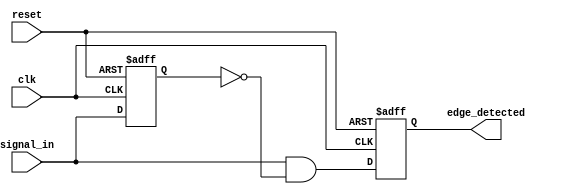
module rising_edge_detector (
    input wire clk,           // Clock input
    input wire reset,         // Asynchronous reset input
    input wire signal_in,     // Input signal to detect rising edge
    output reg edge_detected   // Output pulse indicating rising edge detected
);

    // Internal signal to hold the previous state of the input
    reg previous_state;

    // Process block for detecting the rising edge
    always @(posedge clk or posedge reset) begin
        if (reset) begin
            // Reset the previous state and output on reset
            previous_state <= 1'b0;
            edge_detected <= 1'b0;
        end else begin
            // Capture the current state of the input signal
            edge_detected <= signal_in & ~previous_state; // Generates pulse when rising edge detected
            previous_state <= signal_in; // Update previous state
        end
    end

endmodule